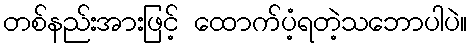
တစ်နည်းအားဖြင့် ထောက်ပံ့ရတဲ့သဘောပါပဲ။